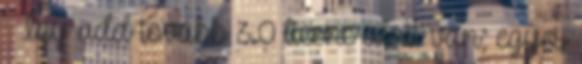
– Így add tovább 3.0 licenc alatt van; egyes